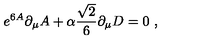
e ^ { 6 A } \partial _ { \mu } A + \alpha { \frac { \sqrt { 2 } } { 6 } } \partial _ { \mu } D = 0 \ ,